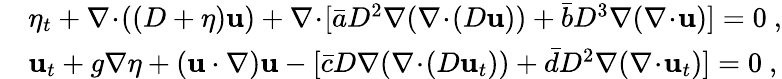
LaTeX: \begin{array}{rl}&{\eta_{t}+\nabla\! \cdot\! ((D+\eta)\mathbf{u})+\nabla\! \cdot\! [\bar{a}D^{2}\nabla(\nabla\! \cdot\! (D\mathbf{u}))+\bar{b}D^{3}\nabla(\nabla\! \cdot\! \mathbf{u})]=0\ ,}\\ &{\mathbf{u}_{t}+g\nabla\eta+(\mathbf{u}\cdot\nabla)\mathbf{u}-[\bar{c}D\nabla(\nabla\! \cdot\! (D\mathbf{u}_{t}))+\bar{d}D^{2}\nabla(\nabla\! \cdot\! \mathbf{u}_{t})]=0\ ,}\end{array}